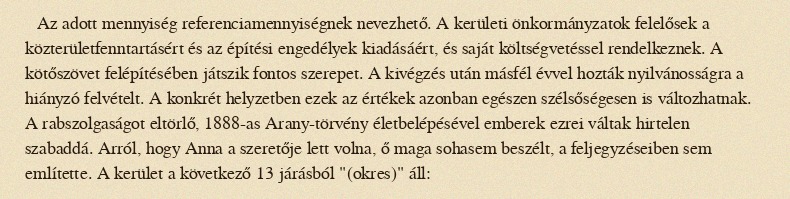
Az adott mennyiség referenciamennyiségnek nevezhető. A kerületi önkormányzatok felelősek a közterületfenntartásért és az építési engedélyek kiadásáért, és saját költségvetéssel rendelkeznek. A kötőszövet felépítésében játszik fontos szerepet. A kivégzés után másfél évvel hozták nyilvánosságra a hiányzó felvételt. A konkrét helyzetben ezek az értékek azonban egészen szélsőségesen is változhatnak. A rabszolgaságot eltörlő, 1888-as Arany-törvény életbelépésével emberek ezrei váltak hirtelen szabaddá. Arról, hogy Anna a szeretője lett volna, ő maga sohasem beszélt, a feljegyzéseiben sem említette. A kerület a következő 13 járásból "(okres)" áll: